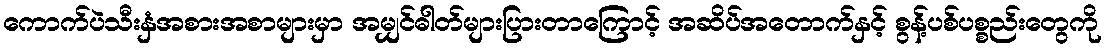
ကောက်ပဲသီးနှံအစားအစာများမှာ အမျှင်ဓါတ်များပြားတာကြောင့် အဆိပ်အတောက်နှင့် စွန့်ပစ်ပစ္စည်းတွေကို